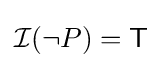
{\mathcal {I}}(\neg P)={\mathsf {T}}